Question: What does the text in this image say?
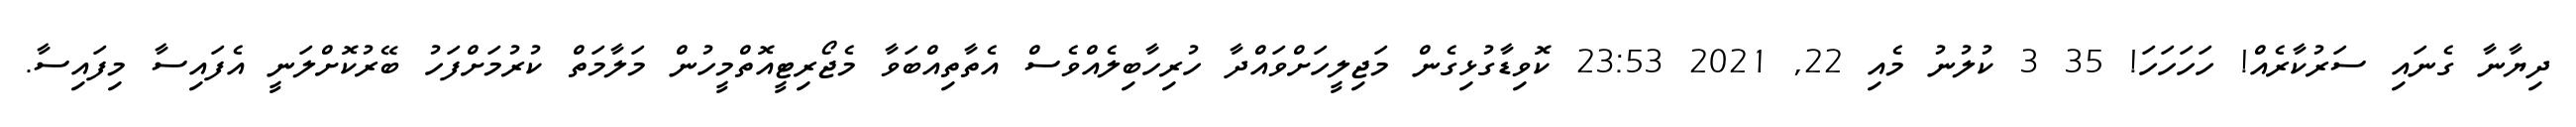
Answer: ދިޔާނާ ގެނައި ސަރުކާރެއް! ހަހަހަހަ! 35 3 ކުލުނު މެއި 22, 2021 23:53 ކޮވިޑާގުޅިގެން މަޖިލީހަށްވައްދާ ހުރިހާބިލެއްވެސް އެތާތިއްބަވާ މެޖޯރިޓީއޮތްމީހުން މަލާމަތް ކުރުމަށްފަހު ބޭރުކޮށްލަނީ އެފައިސާ މިފައިސާ.